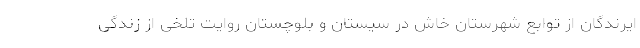
ایرندگان از توابع شهرستان خاش در سیستان و بلوچستان روایت تلخی از زندگی